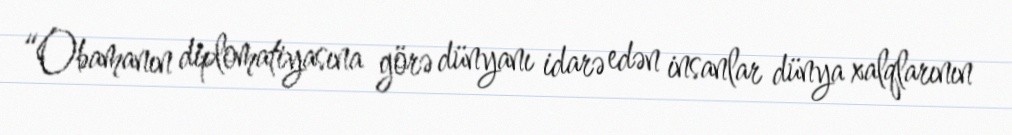
“Obamanın diplomatiyasına görə dünyanı idarə edən insanlar dünya xalqlarının